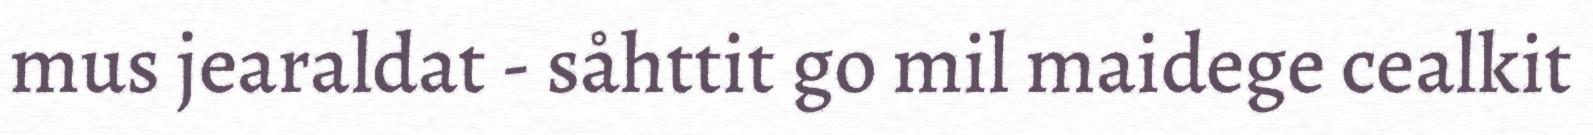
mus jearaldat - såhttit go mil maidege cealkit